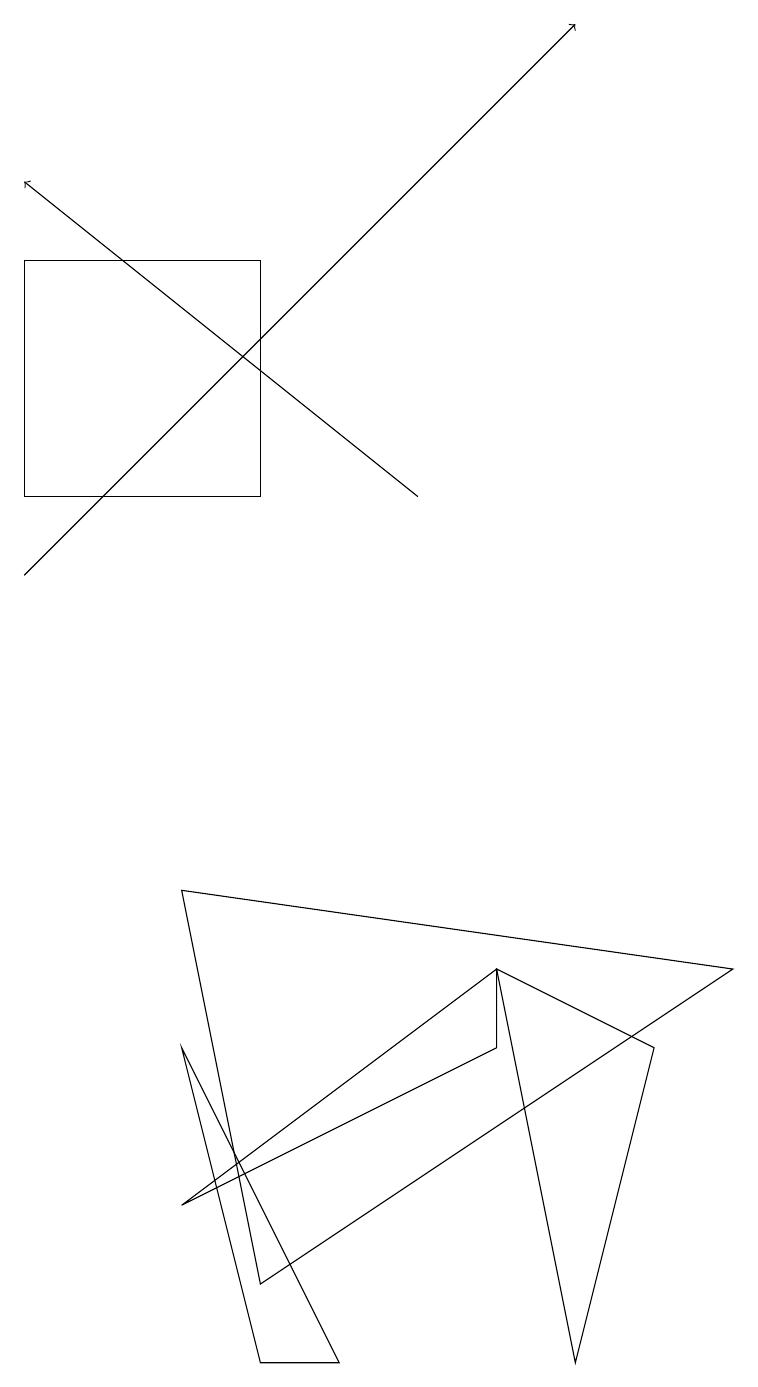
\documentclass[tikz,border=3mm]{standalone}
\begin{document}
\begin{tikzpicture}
\draw (6,6) -- (6,7) -- (2,4) -- cycle;
\draw[->] (0,12) -- (7,19);
\draw[->] (5,13) -- (0,17);
\draw (2,8) -- (9,7) -- (3,3) -- cycle;
\draw (4,2) -- (3,2) -- (2,6) -- cycle;
\draw (0,13) rectangle (3,16);
\draw (6,7) -- (8,6) -- (7,2) -- cycle;
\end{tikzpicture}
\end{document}